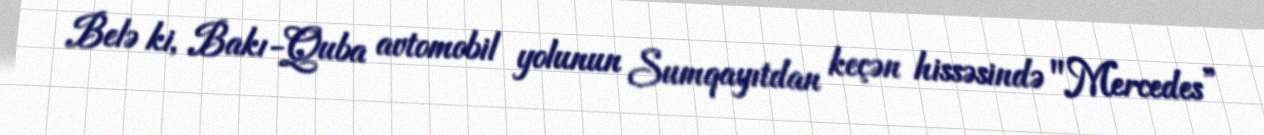
Belə ki, Bakı-Quba avtomobil yolunun Sumqayıtdan keçən hissəsində "Mercedes”